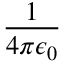
\frac { 1 } { 4 \pi \epsilon _ { 0 } }